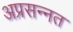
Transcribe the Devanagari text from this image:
अप्रसन्नत